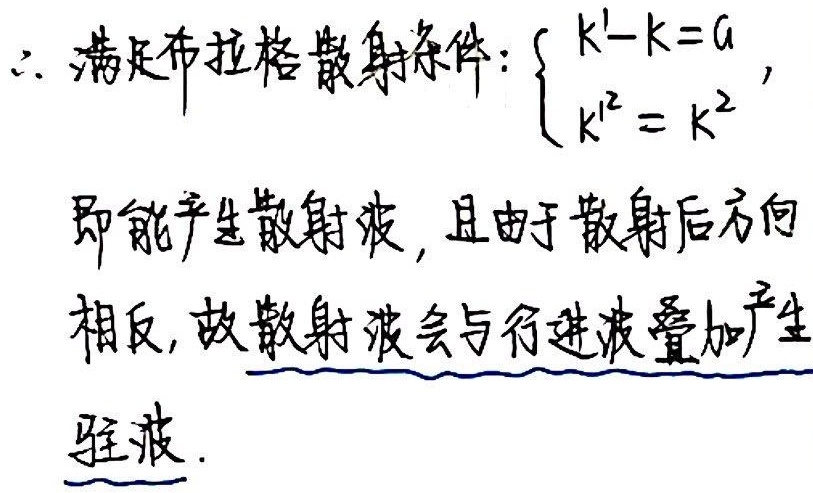
$\therefore$ 满足布拉格散射条件：$\begin{cases}k'-k = G \\k'^{2} = k^{2}\end{cases}$，即能产生散射波，且由于散射后方向相反，故散射波会与行进波叠加产生驻波。